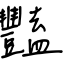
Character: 豔